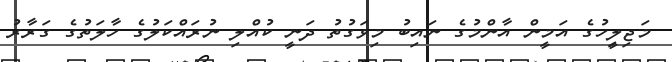
މަޖިލީިހުގެ އަމީން އާންމުގެ ނައިބު މިވަގުތު ދަނީ ކުއްލި ނުރައްކަލުގެ ހާލަތުގެ ގަރާރު